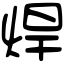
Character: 焊